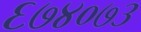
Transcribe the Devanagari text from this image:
६७४०७३